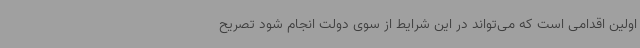
اولین اقدامی است که می‌تواند در این شرایط از سوی دولت انجام شود تصریح